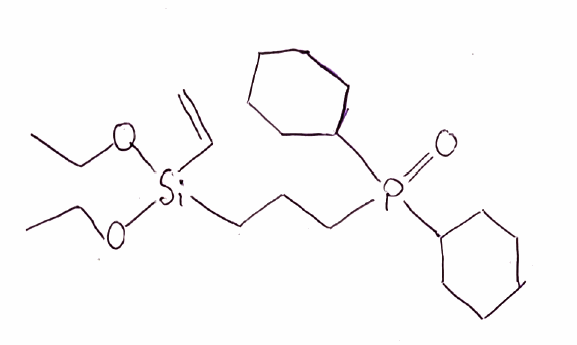
Simplified molecular-input line-entry system (SMILES) notation of the given molecule:
CCO[Si](CCCP(=O)(C1CCCCC1)C2CCCCC2)(C=C)OCC